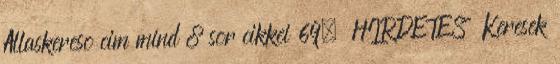
Allaskereso cim mind 8 sor cikkei 69. HIRDETES Keresek